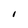
Character: I